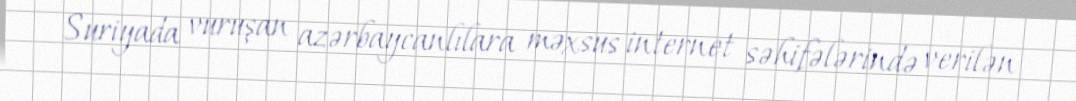
Suriyada vuruşan azərbaycanlılara məxsus internet səhifələrində verilən